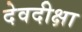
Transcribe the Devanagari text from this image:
देवदीक्षा